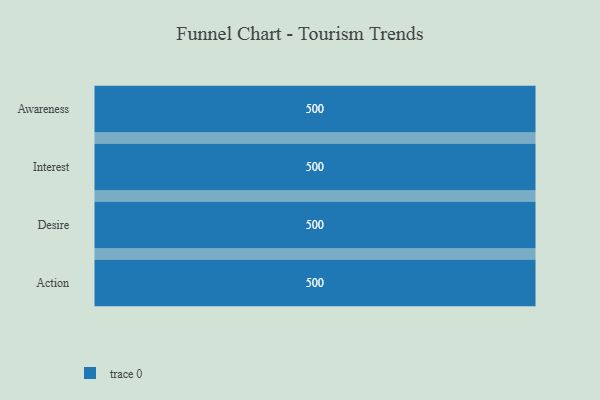
{"axis": {"x": "Stage", "y": "Value"}, "legend": [""], "data": [{"x": "Awareness", "y": 500, "type": ""}, {"x": "Interest", "y": 500, "type": ""}, {"x": "Desire", "y": 500, "type": ""}, {"x": "Action", "y": 500, "type": ""}]}